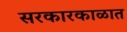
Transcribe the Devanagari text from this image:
सरकारकाळात